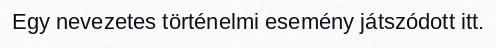
Egy nevezetes történelmi esemény játszódott itt.